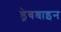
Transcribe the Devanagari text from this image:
ड्रेबश्राइन